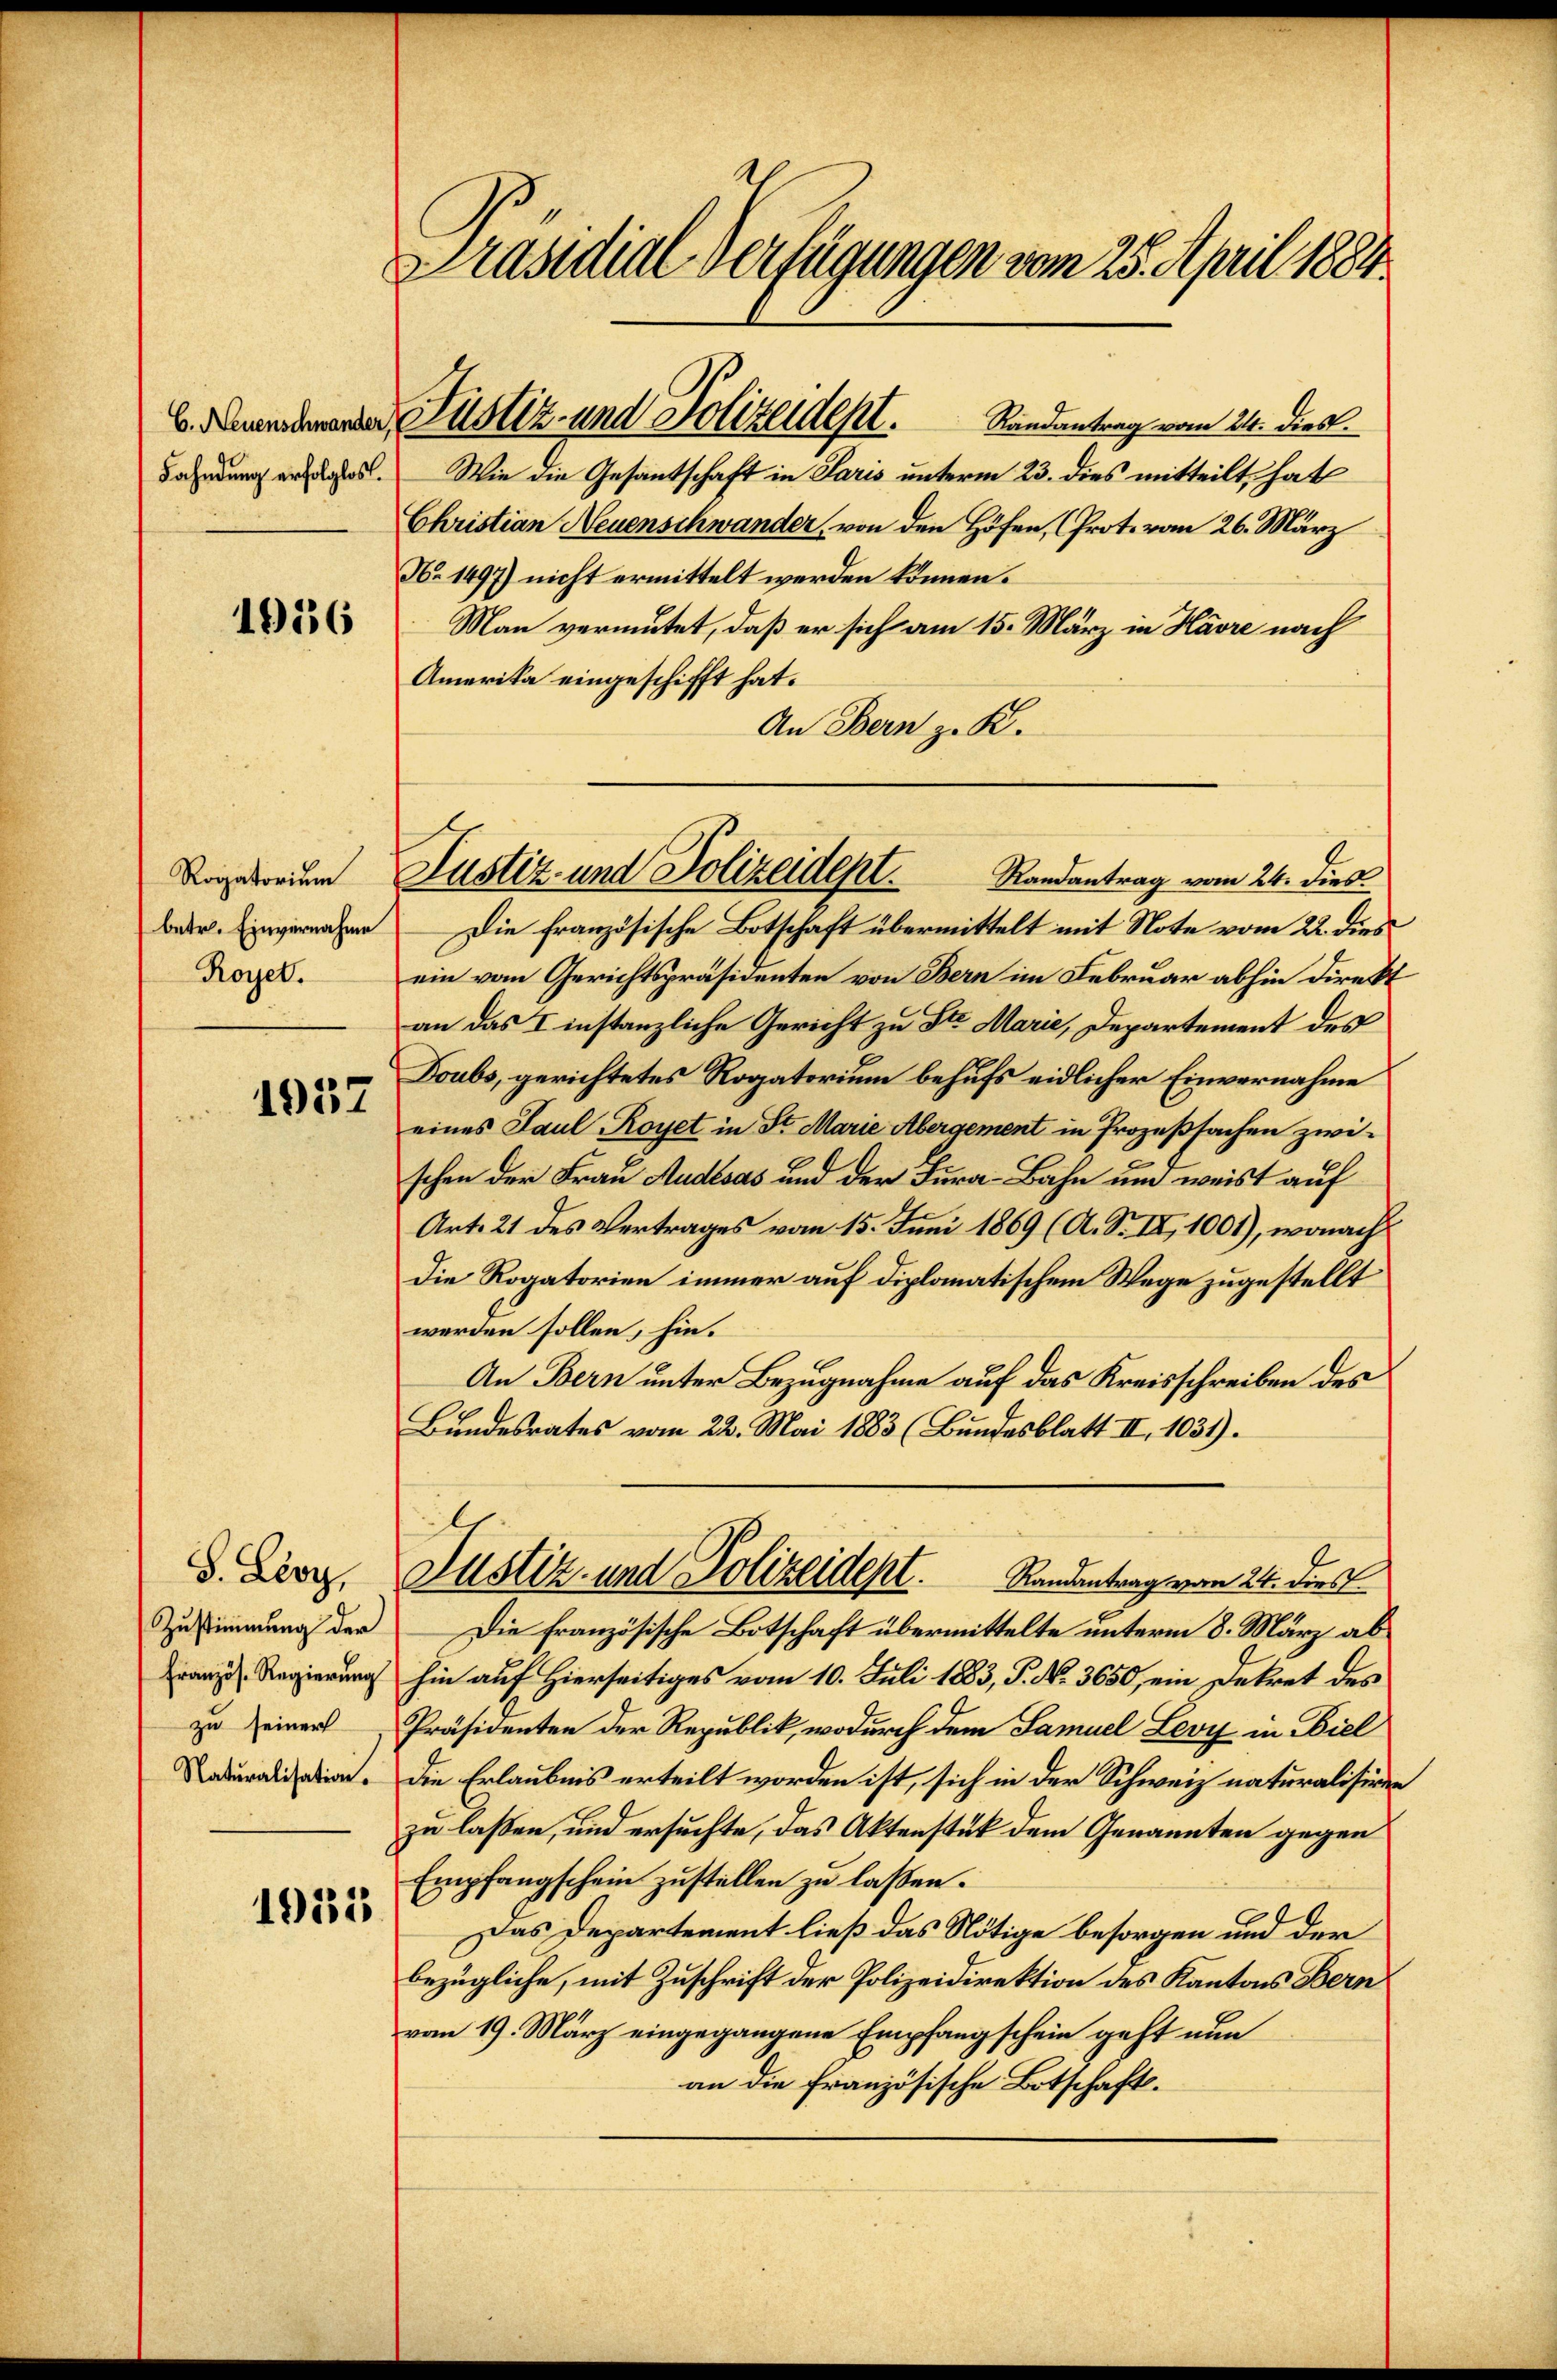
C. Neuenschwander,
Fahndung erfolglos.

1936

Rogatorium
betr. Einvernahme
Royet.

1957

S. Leoy,
Zustimmung der
Französ. Regierung
zu seiner
Naturalisation.

1935

Präsidial-Verfügungen vom 25. April 1884

Wie die Gesantschaft in Paris unterm 23. dies mitteilt, hat
Christian Neuenschwander, von den Höfen, (Prot. vom 26. März
No 1497) nicht ermittelt werden können.
Man vermutet, daß er sich am 15. März in Havre nach
Amerika eingeschifft hat.
An Bern z. K.

Justiz- und Polizeidept. Randantrag vom 24. Dies.

Justiz- und Polizeidept.
Randantrag vom 24. dies

Die französische Botschaft übermittelt mit Note vom 22. dies
ein vom Gerichtspräsidenten von Bern im Februar abhin direkt
an das I instanzliche Gericht zu St. Marie, Departement des
Doubs, gerichtetes Rogatorium behufs eidlicher Einvernahme
eines Paul -Royet in St. Marie Abergement in Prozeßsachen zwischen der Frau Audisas und der Jura-Bahn um weist auf
Art. 21 des Vertrages vom 15. Juni 1869 (A. S. IV, 1001), wonach
Die Rogatorien immer auf diplomatischem Wege zugestellt
werden sollen, hin.
An Bern unter Bezugnahme auf das Kreisschreiben des
Bundesrates vom 22. Mai 1883 (Bundesblatt II, 1031).
Justiz- und Polizeidept. Randantrag vom 24. dies
Die französische Botschaft übermittelte unterm 8. März abhin auf Hierseitiges vom 10. Juli 1883, P. N. 3650, ein Dekret des
Präsidenten der Republik, wodurch dem Samuel Levy in Biel
Die Erlaubnis erteilt worden ist, sich in der Schweiz naturalisiren
zu lassen, und ersuchte, das Aktenstück dem Genannten gegen
Empfangschein zustellen zu lassen.
Das Departement ließ das Nötige besorgen und der
bezügliche, mit Zuschrift der Polizeidirektion des Kantons Bern
vom 19. März eingegangene Empfangschein geht nun
an die französische Botschaft.